Vaccination in Burma 1920-1933 - 1920-1933
Year: 1920
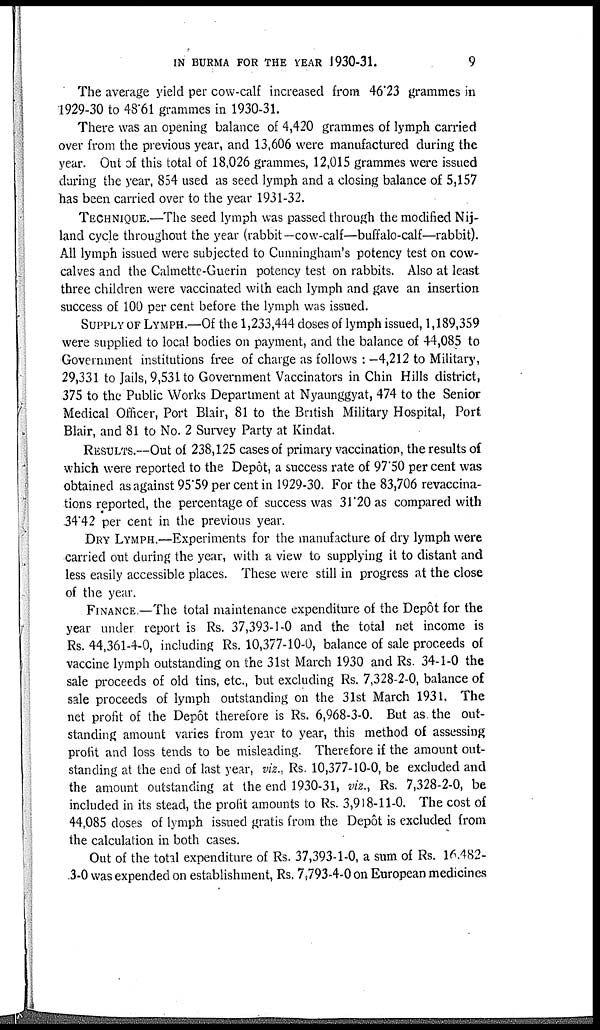
IN BURMA FOR THE YEAR 1930-31.
9
The average yield per cow-calf increased from 46.23 grammes in
1929-30 to 48.61 grammes in 1930-31.
There was an opening balance of 4,420 grammes of lymph carried
over from the previous year, and 13,606 were manufactured during the
year. Out of this total of 18,026 grammes, 12,015 grammes were issued
during the year, 854 used as seed lymph and a closing balance of 5,157
has been carried over to the year 1931-32.
TECHNIQUE.—The seed lymph was passed through the modified Nij-
land cycle throughout the year (rabbit—cow-calf—buffalo-calf—rabbit).
All lymph issued were subjected to Cunningham's potency test on cow-
calves and the Calmette-Guerin potency test on rabbits. Also at least
three children were vaccinated with each lymph and gave an insertion
success of 100 per cent before the lymph was issued.
SUPPLY OF LYMPH.—Of the 1,233,444 doses of lymph issued, 1,189,359
were supplied to local bodies on payment, and the balance of 44,085 to
Government institutions free of charge as follows :—4,212 to Military,
29,331 to Jails, 9,531 to Government Vaccinators in Chin Hills district,
375 to the Public Works Department at Nyaunggyat, 474 to the Senior
Medical Officer, Port Blair, 81 to the British Military Hospital, Port
Blair, and 81 to No. 2 Survey Party at Kindat.
RESULTS. — Out of 238,125 cases of primary vaccination, the results of
which were reported to the Depôt, a success rate of 97.50 per cent was
obtained as against 95.59 per cent in 1929-30. For the 83,706 revaccina-
tions reported, the percentage of success was 31.20 as compared with
34.42 per cent in the previous year.
DRY LYMPH.—Experiments for the manufacture of dry lymph were
carried out during the year, with a view to supplying it to distant and
less easily accessible places. These were still in progress at the close
of the year.
FINANCE.—The total maintenance expenditure of the Depôt for the
year under report is Rs. 37,393-1-0 and the total net income is
Rs. 44,361-4-0, including Rs. 10,377-10-0, balance of sale proceeds of
vaccine lymph outstanding on the 31st March 1930 and Rs. 34-1-0 the
sale proceeds of old tins, etc., but excluding Rs. 7,328-2-0, balance of
sale proceeds of lymph outstanding on the 31st March 1931. The
net profit of the Depôt therefore is Rs. 6,968-3-0. But as the out-
standing amount varies from year to year, this method of assessing
profit and loss tends to be misleading. Therefore if the amount out-
standing at the end of last year, viz., Rs. 10,377-10-0, be excluded and
the amount outstanding at the end 1930-31, viz., Rs. 7,328-2-0, be
included in its stead, the profit amounts to Rs. 3,918-11-0. The cost of
44,085 doses of lymph issued gratis from the Depôt is excluded from
the calculation in both cases.
Out of the total expenditure of Rs. 37,393-1-0, a sum of Rs. 16,482-
3-0 was expended on establishment, Rs. 7,793-4-0 on European medicines